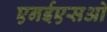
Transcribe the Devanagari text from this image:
एनईएसओ